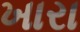
ખારા